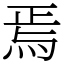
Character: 焉